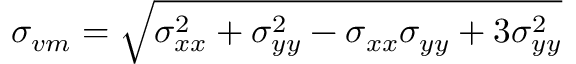
\sigma _ { v m } = \sqrt { \sigma _ { x x } ^ { 2 } + \sigma _ { y y } ^ { 2 } - \sigma _ { x x } \sigma _ { y y } + 3 \sigma _ { y y } ^ { 2 } }